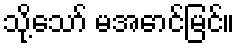
သို့သော် မအောင်မြင်။